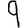
Digit: 9